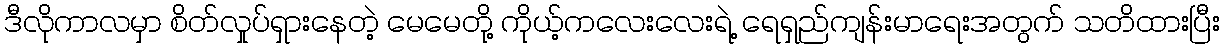
ဒီလိုကာလမှာ စိတ်လှုပ်ရှားနေတဲ့ မေမေတို့ ကိုယ့်ကလေးလေးရဲ့ ရေရှည်ကျန်းမာရေးအတွက် သတိထားပြီး